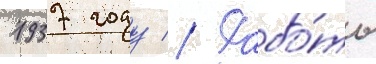
1937 году // Рабо́ты